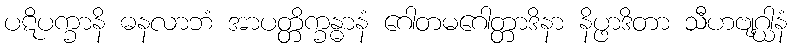
ပဋိပက္ခာနိ ဓနလာဘံ အာပတ္တိက္ခန္ဓာနံ ဂေါတမဂေါတ္တာဒိနာ နိပ္ဖာဒိတာ သီဟဗျဂ္ဃါနံ